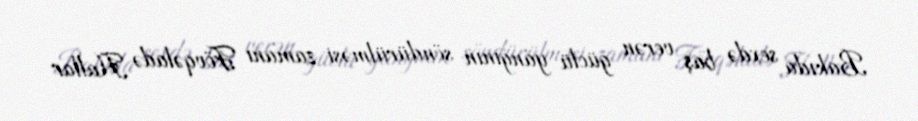
Bakıda sexdə baş verən güclü yanğının söndürülməsi zamanı Fövqəladə Hallar